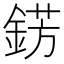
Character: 錺